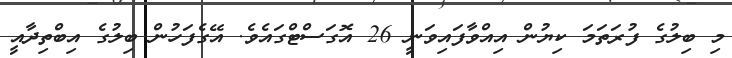
މި ބިލުގެ ފުރަތަމަ ކިޔުން އިއްވާފައިވަނީ 26 އޮގަސްޓްގައެވެ. އޭގެފަހުން ބިލުގެ އިބްތިދާއީ